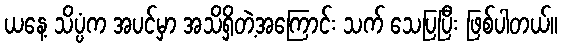
ယနေ့ သိပ္ပံက အပင်မှာ အသိရှိတဲ့အကြောင်း သက် သေပြပြီး ဖြစ်ပါတယ်။